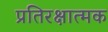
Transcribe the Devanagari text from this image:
प्रतिरक्षात्‍मक